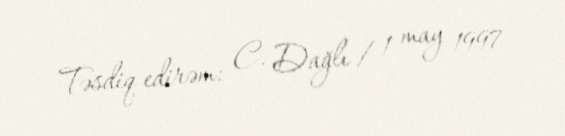
Təsdiq edirəm: C. Dağlı / 1 may 1997